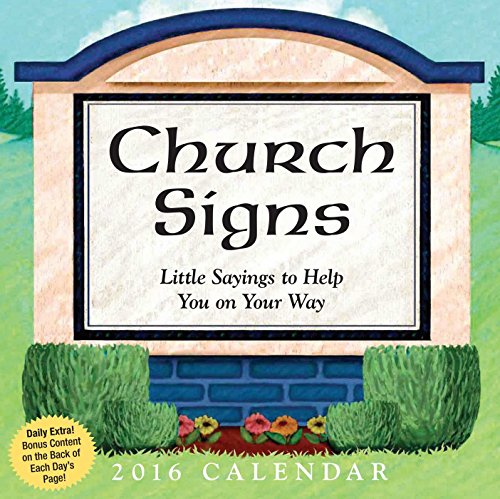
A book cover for Church Signs 2016 Day-to-Day Calendar: Little Sayings to Help You on Your Way; Andrews McMeel Publishing LLC; Humor & Entertainment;